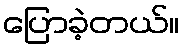
ပြောခဲ့တယ်။